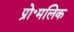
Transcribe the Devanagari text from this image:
प्रो॰मलिक